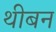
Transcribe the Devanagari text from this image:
थीबन